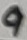
Text: 9